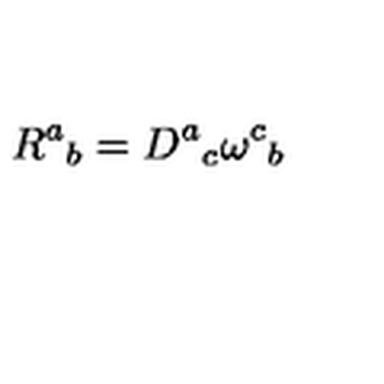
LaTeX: R ^ { a } { } _ { b } = D ^ { a } { } _ { c } \omega ^ { c } { } _ { b }